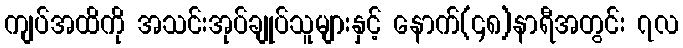
ကျပ်အထိကို အသင်းအုပ်ချုပ်သူများနှင့် နောက်(၄၈)နာရီအတွင်း ၇လ